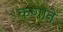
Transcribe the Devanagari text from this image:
कणाने